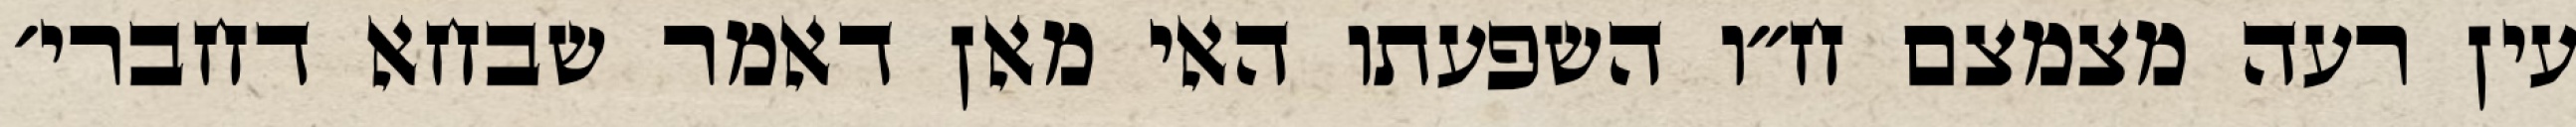
עין רעה מצמצם ח״ו השפעתו האי מאן דאמר שבחא דחברי׳